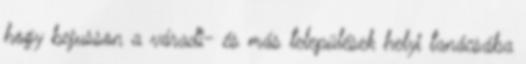
hogy bejusson a váradi- és más települések helyi tanácsába